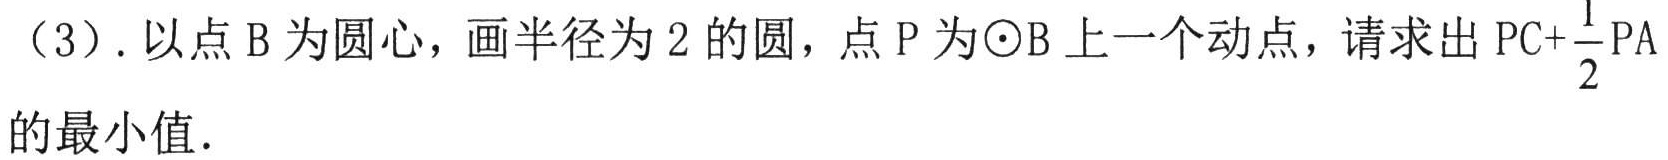
（3）.以点\(B\)为圆心，画半径为\(2\)的圆，点\(P\)为\(\odot B\)上一个动点，请求出\(PC + \frac{1}{2}PA\)的最小值.